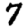
Digit: 7